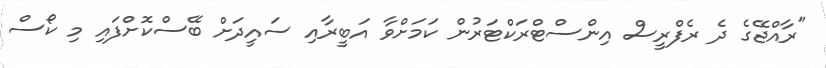
"ރާއްޖޭގެ ދެ ރެފްރީސް އިންސްޓްރަކްޓަރުން ކަމަށްވާ އަބީރާއި ސައީދަށް ބޭސްކޮށްފައި މި ކޯސް